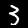
Digit: 3